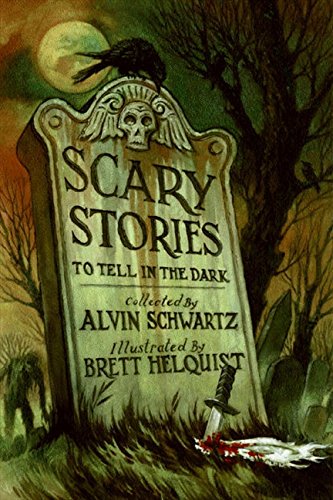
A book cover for Scary Stories to Tell in the Dark; Alvin Schwartz; Religion & Spirituality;